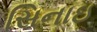
સિનાઇ